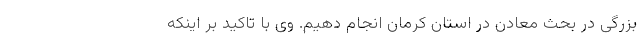
بزرگی در بحث معادن در استان کرمان انجام دهیم. وی با تاکید بر اینکه